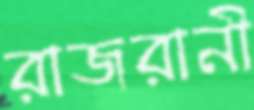
রাজরানী